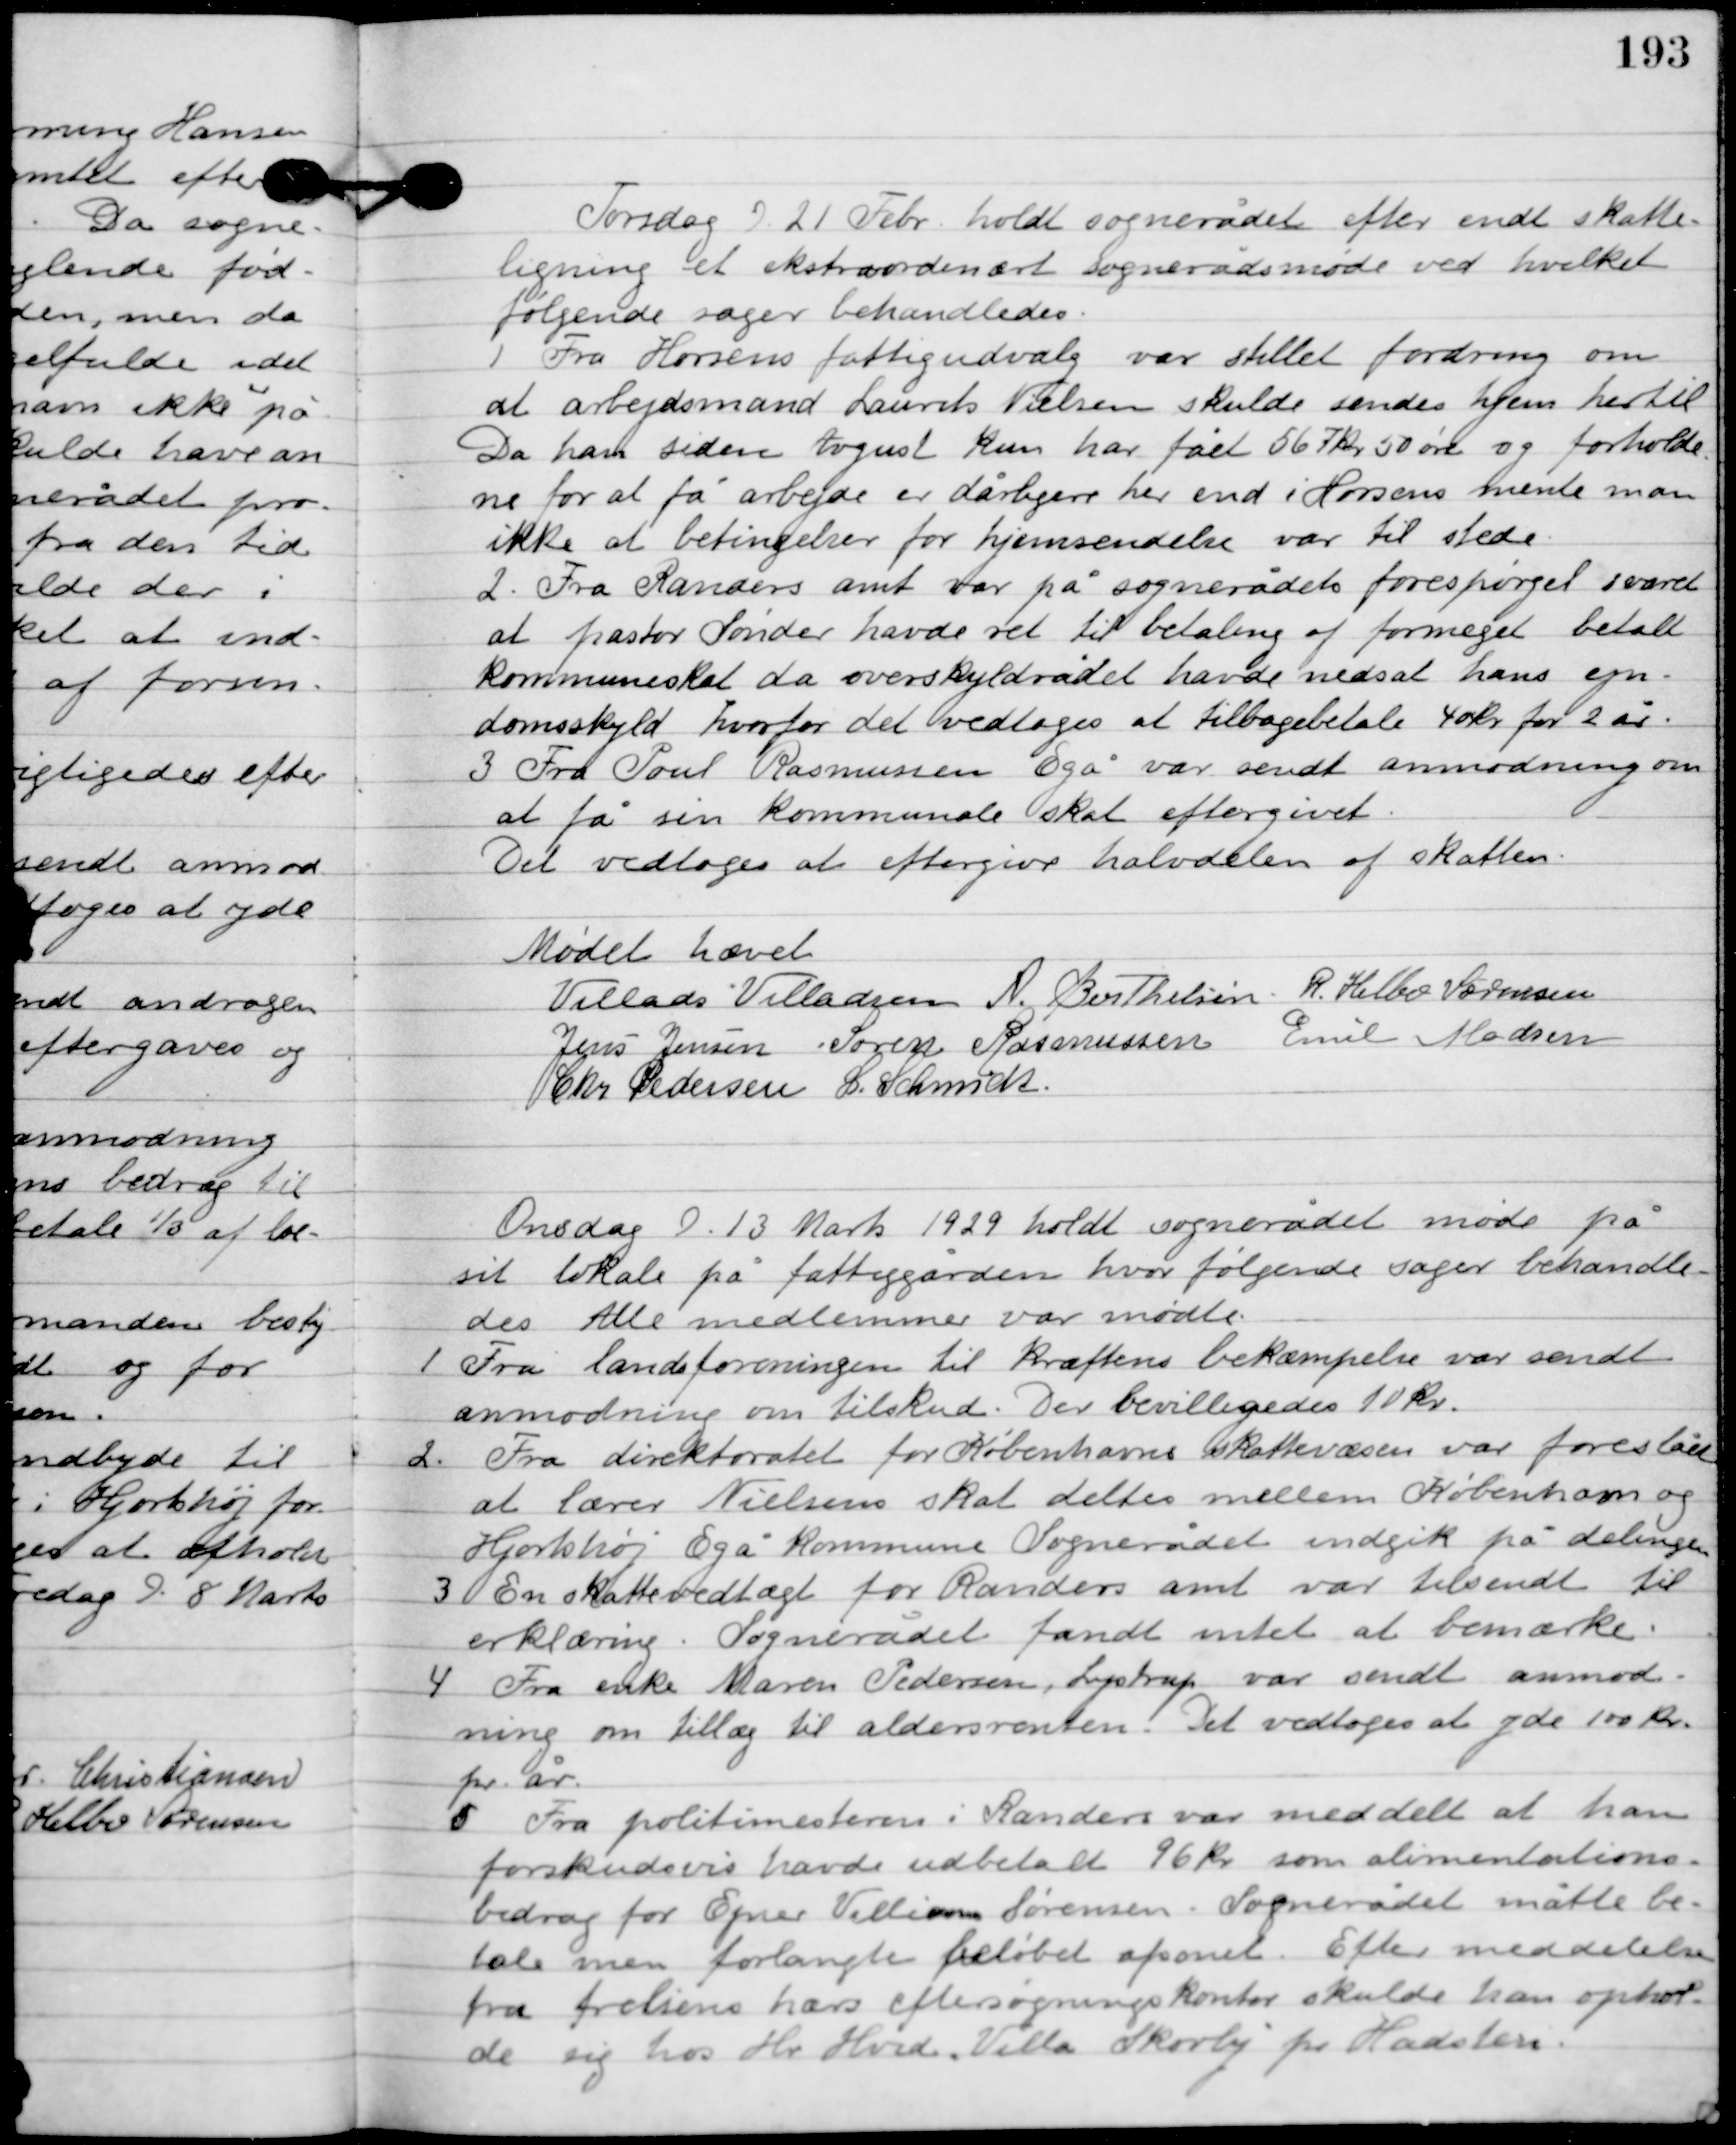
Transskription:
Onsdag D. 21. Febr. holdt sognerådet efter endt skatte-
ligning et ekstraordinært sognerådsmøde ved hvilket
følgende sager behandledes.

1

Fra Horsens fattigudvalg var stillet fordring om
at arbejdsmand Laurits Nielsen skulde sendes hjem hertil.
Da han siden August kun har fået 567 kr. 50 øre og forholde-
ne for at få arbejde er dårligere her end i Horsens mente man
ikke at betingelser for hjemsendelse var til stede.

2

Fra Randers amt var på sognerådets forespørgsel svaret
at pastor Sønder havde ret til betaling af for meget betalt
kommuneskat da overskyldrådet havde nedsat hans ejen-
domsskyld hvorfor det vedtoges at tilbagebetale 40 kr. for 2 år.

3

Fra Poul Rasmussen Egå var sendt anmodning om
at få sin kommunale skat eftergivet.
Det vedtoges at eftergive halvdelen af skatten.

Mødet hævet

Villads J. Villadsen
A. Berthelsen
Jens Jensen
R. Helbo Sørensen
Søren Rasmussen
Emil Madsen
Chr. Pedersen
I. Schmidt

Onsdag D. 13. Marts 1929. holdt sognerådet møde på
sit lokale på fattiggård, hvor følgende sager behandle-
des. Alle medlemmer var mødte.

1

Fra landsforeningen til kræftens bekæmpelse var sendt
anmodning om tilskud. Der bevilligedes 10 kr.

2

Fra direktoratet for Københavns skattevæsen var foreslået
at lærer Nielsen skal deltes mellem København og
Hjortshøj Egå kommune. Sognerådet indgik på delingen.

3

En skattevedtægt for Randers amts var tilsendt til
erklæring. Sognerådet fandt intet at bemærke.

4

Fra enke Maren Pedersen, Lystrup var sendt anmod-
ning om tillæg til aldersrenten. Det vedtoges at yde 100 kr.
pr. år.

5

Fra politimesteren i Randers amt var meddelt at han
forskudsvis havde udbetalt 96 kr. som alimentations-
bidrag for Ejnar Villiam Sørensen. Sognerådet måtte be-
tale men forlangtes beløbet afsonet. Efter meddelelsen
fra frelsens hærs eftersøgningskontor skulde han ophol-
de sig hos Hr. Hvid. Villa Skovby pr Hadsten.